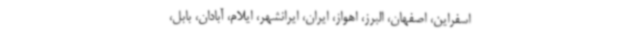
اسفراین، اصفهان، البرز، اهواز، ایران، ایرانشهر، ایلام، آبادان، بابل،